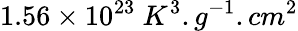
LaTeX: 1.56\times 10^{23}\ K^{3}.g^{-1}.cm^{2}